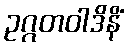
ဥဂ္ဂတဝါဒိနိံ